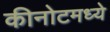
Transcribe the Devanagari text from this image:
कीनोटमध्ये